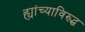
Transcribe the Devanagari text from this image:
ह्यांच्याविरुद्ध